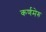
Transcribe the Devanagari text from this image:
कर्णमेरु